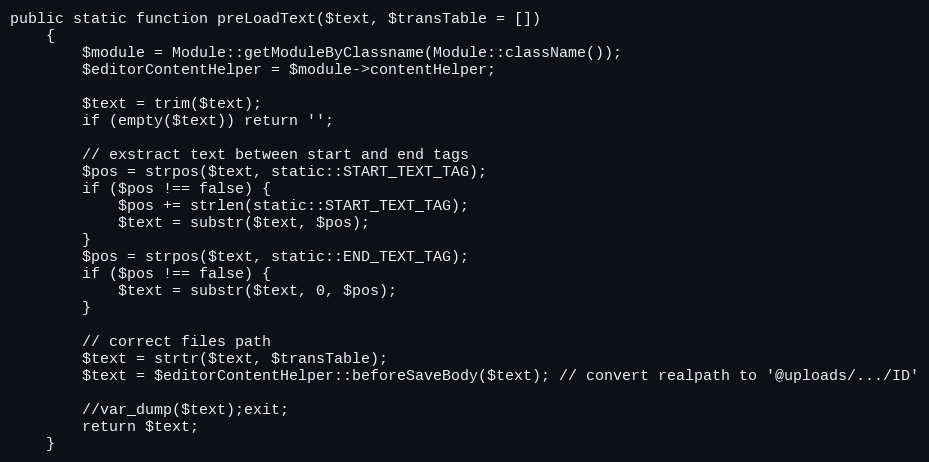
Language: PHP
public static function preLoadText($text, $transTable = [])
    {
        $module = Module::getModuleByClassname(Module::className());
        $editorContentHelper = $module->contentHelper;

        $text = trim($text);
        if (empty($text)) return '';

        // exstract text between start and end tags
        $pos = strpos($text, static::START_TEXT_TAG);
        if ($pos !== false) {
            $pos += strlen(static::START_TEXT_TAG);
            $text = substr($text, $pos);
        }
        $pos = strpos($text, static::END_TEXT_TAG);
        if ($pos !== false) {
            $text = substr($text, 0, $pos);
        }

        // correct files path
        $text = strtr($text, $transTable);
        $text = $editorContentHelper::beforeSaveBody($text); // convert realpath to '@uploads/.../ID'

        //var_dump($text);exit;
        return $text;
    }